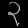
Digit: ၃